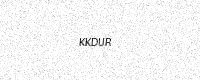
Text: KKDUR